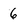
Character: 6